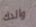
والدك